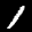
Label: 1